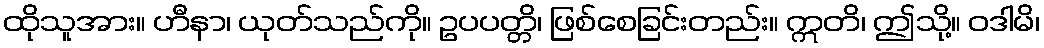
ထိုသူအား။ ဟီနာ၊ ယုတ်သည်ကို။ ဥပပတ္တိ၊ ဖြစ်စေခြင်းတည်း။ ဣတိ၊ ဤသို့။ ဝဒါမိ၊